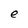
Character: e